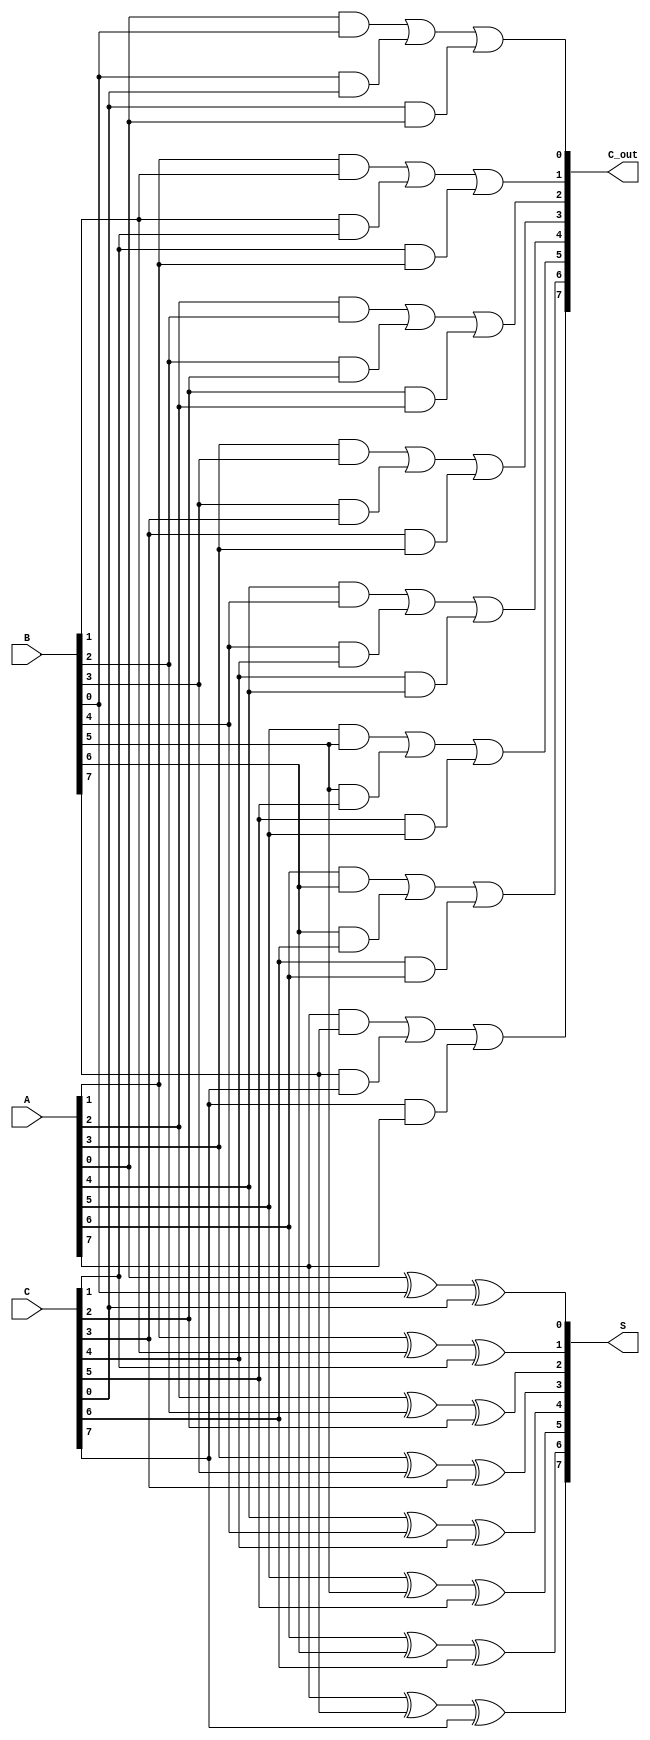
module ParallelCarrySaveAdder #(parameter n = 8) (
    input  wire [n-1:0] A,   // n-bit input A
    input  wire [n-1:0] B,   // n-bit input B
    input  wire [n-1:0] C,   // n-bit input C
    output wire [n-1:0] S,    // n-bit sum output
    output wire [n-1:0] C_out  // n-bit carry output
);

    // Generate sum and carry outputs
    genvar i;
    generate
        for (i = 0; i < n; i = i + 1) begin : CSA
            // Sum calculation: S[i] = A[i] XOR B[i] XOR C[i]
            assign S[i] = A[i] ^ B[i] ^ C[i];

            // Carry calculation: C[i] = (A[i] AND B[i]) OR (B[i] AND C[i]) OR (C[i] AND A[i])
            assign C_out[i] = (A[i] & B[i]) | (B[i] & C[i]) | (C[i] & A[i]);
        end
    endgenerate

endmodule